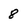
Character: 8